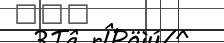
٢٠٦